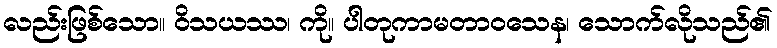
လည်းဖြစ်သော။ ဝိသယဿ၊ ကို။ ပါတုကာမတာဝသေန၊ သောက်လိုသည်၏